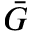
\bar { G }